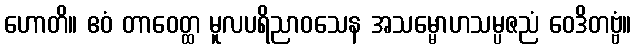
ဟောတိ။ ဧဝံ တာဝေတ္ထ မူလပရိညာဝသေန အသမ္မောဟသမ္ပဇညံ ဝေဒိတဗ္ဗံ။